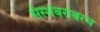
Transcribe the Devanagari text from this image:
संस्थेबरोबरच